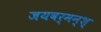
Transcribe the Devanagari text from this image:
जयवर्मन्‌श्